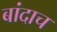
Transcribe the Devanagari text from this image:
बांदाच